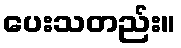
ပေးသတည်း။